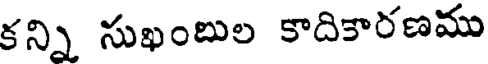
కన్ని సుఖంబుల కాదికారణము